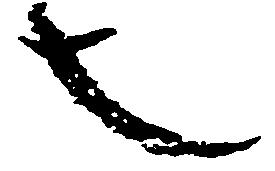
也